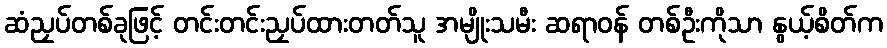
ဆံညှပ်တစ်ခုဖြင့် တင်းတင်းညှပ်ထားတတ်သူ အမျိုးသမီး ဆရာဝန် တစ်ဦးကိုသာ နွယ့်စိတ်က